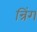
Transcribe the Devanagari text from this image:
न्रिंग